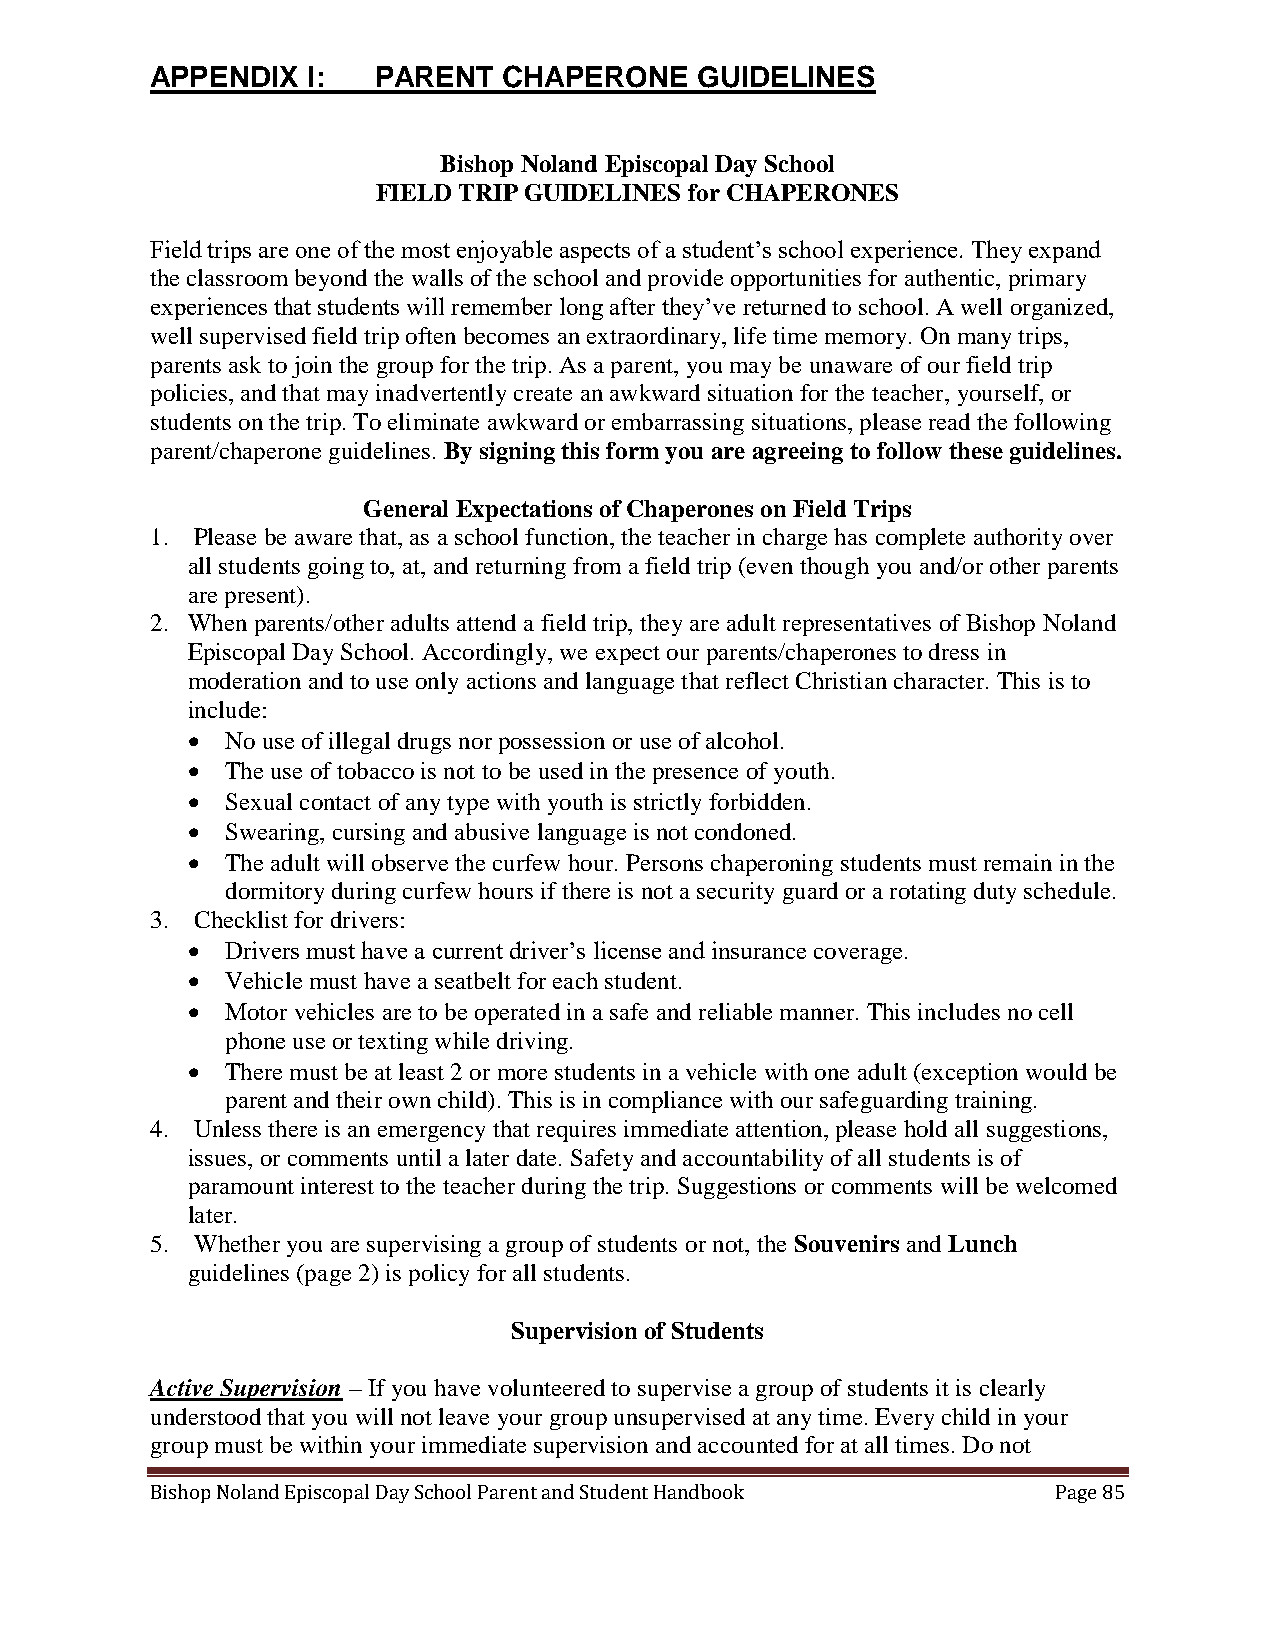
APPENDIX  I:   PARENT  CHAPERONE    GUIDELINES
 Bishop Noland Episcopal Day School
 FIELD TRIP GUIDELINES for CHAPERONES
 Field trips are one of the most enjoyable aspects of a student’s school experience. They expand
 the classroom beyond the walls of the school and provide opportunities for authentic, primary
 experiences that students will remember long after they’ve returned to school. A well organized,
 well supervised field trip often becomes an extraordinary, life time memory. On many trips,
 parents ask to join the group for the trip. As a parent, you may be unaware of our field trip
 policies, and that may inadvertently create an awkward situation for the teacher, yourself, or
 students on the trip. To eliminate awkward or embarrassing situations, please read the following
 parent/chaperone guidelines. By signing this form you are agreeing to follow these guidelines.
 General Expectations of Chaperones on Field Trips
 1. Please be aware that, as a school function, the teacher in charge has complete authority over
 all students going to, at, and returning from a field trip (even though you and/or other parents
 are present).
 2. When parents/other adults attend a field trip, they are adult representatives of Bishop Noland
 Episcopal Day School. Accordingly, we expect our parents/chaperones to dress in
 moderation and to use only actions and language that reflect Christian character. This is to
 include:
   No use of illegal drugs nor possession or use of alcohol.
   The use of tobacco is not to be used in the presence of youth.
   Sexual contact of any type with youth is strictly forbidden.
   Swearing, cursing and abusive language is not condoned.
   The adult will observe the curfew hour. Persons chaperoning students must remain in the
 dormitory during curfew hours if there is not a security guard or a rotating duty schedule.
 3. Checklist for drivers:
   Drivers must have a current driver’s license and insurance coverage.
   Vehicle must have a seatbelt for each student.
   Motor vehicles are to be operated in a safe and reliable manner. This includes no cell
 phone use or texting while driving.
   There must be at least 2 or more students in a vehicle with one adult (exception would be
 parent and their own child). This is in compliance with our safeguarding training.
 4. Unless there is an emergency that requires immediate attention, please hold all suggestions,
 issues, or comments until a later date. Safety and accountability of all students is of
 paramount interest to the teacher during the trip. Suggestions or comments will be welcomed
 later.
 5. Whether you are supervising a group of students or not, the Souvenirs and Lunch
 guidelines (page 2) is policy for all students.
 Supervision of Students
 Active Supervision – If you have volunteered to supervise a group of students it is clearly
 understood that you will not leave your group unsupervised at any time. Every child in your
 group must be within your immediate supervision and accounted for at all times. Do not
 Bishop Noland Episcopal Day School Parent and Student Handbook Page 85